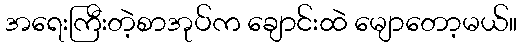
အရေးကြီးတဲ့စာအုပ်က ချောင်းထဲ မျောတော့မယ်။